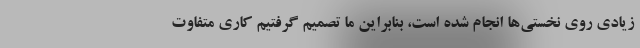
زیادی روی نخستی‌ها انجام شده است، بنابراین ما تصمیم گرفتیم کاری متفاوت